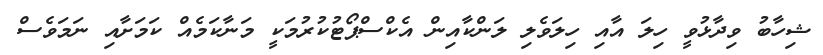
ޝިހާބު ވިދާޅުވީ ހިލަ އާއި ހިލަވެލި ލަންކާއިން އެކްސްޕޯޓުކުރުމަކީ މަނާކަމެއް ކަމަށާއި ނަމަވެސް